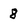
Character: 8